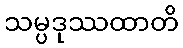
သမ္ပဒုဿထာတိ